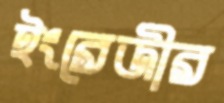
ইংরেজীর